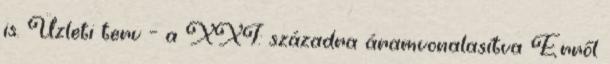
is. Üzleti terv – a XXI: századra áramvonalasítva Erről